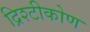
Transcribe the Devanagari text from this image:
द्रिश्टीकोण